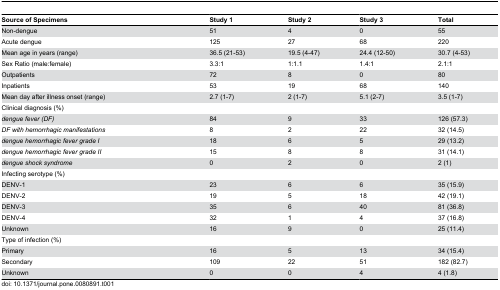
<table><thead><tr><td><b>Source of Specimens</b></td><td><b>Study 1</b></td><td><b>Study 2</b></td><td><b>Study 3</b></td><td><b>Total</b></td></tr></thead><tbody><tr><td>Non-dengue</td><td>51</td><td>4</td><td>0</td><td>55</td></tr><tr><td>Acute dengue</td><td>125</td><td>27</td><td>68</td><td>220</td></tr><tr><td>Mean age in years (range)</td><td>36.5 (21-53)</td><td>19.5 (4-47)</td><td>24.4 (12-50)</td><td>30.7 (4-53)</td></tr><tr><td>Sex Ratio (male:female)</td><td>3.3:1</td><td>1:1.1</td><td>1.4:1</td><td>2.1:1</td></tr><tr><td>Outpatients</td><td>72</td><td>8</td><td>0</td><td>80</td></tr><tr><td>Inpatients</td><td>53</td><td>19</td><td>68</td><td>140</td></tr><tr><td>Mean day after illness onset (range)</td><td>2.7 (1-7)</td><td>2 (1-7)</td><td>5.1 (2-7)</td><td>3.5 (1-7)</td></tr><tr><td>Clinical diagnosis (%)</td><td></td><td></td><td></td><td></td></tr><tr><td><i>dengue fever (DF)</i></td><td>84</td><td>9</td><td>33</td><td>126 (57.3)</td></tr><tr><td><i>DF with hemorrhagic manifestations</i></td><td>8</td><td>2</td><td>22</td><td>32 (14.5)</td></tr><tr><td><i>dengue hemorrhagic fever grade I</i></td><td>18</td><td>6</td><td>5</td><td>29 (13.2)</td></tr><tr><td><i>dengue hemorrhagic fever grade II</i></td><td>15</td><td>8</td><td>8</td><td>31 (14.1)</td></tr><tr><td><i>dengue shock syndrome</i></td><td>0</td><td>2</td><td>0</td><td>2 (1)</td></tr><tr><td>Infecting serotype (%)</td><td></td><td></td><td></td><td></td></tr><tr><td>DENV-1</td><td>23</td><td>6</td><td>6</td><td>35 (15.9)</td></tr><tr><td>DENV-2</td><td>19</td><td>5</td><td>18</td><td>42 (19.1)</td></tr><tr><td>DENV-3</td><td>35</td><td>6</td><td>40</td><td>81 (36.8)</td></tr><tr><td>DENV-4</td><td>32</td><td>1</td><td>4</td><td>37 (16.8)</td></tr><tr><td>Unknown</td><td>16</td><td>9</td><td>0</td><td>25 (11.4)</td></tr><tr><td>Type of infection (%)</td><td></td><td></td><td></td><td></td></tr><tr><td>Primary</td><td>16</td><td>5</td><td>13</td><td>34 (15.4)</td></tr><tr><td>Secondary</td><td>109</td><td>22</td><td>51</td><td>182 (82.7)</td></tr><tr><td>Unknown</td><td>0</td><td>0</td><td>4</td><td>4 (1.8)</td></tr></tbody></table>